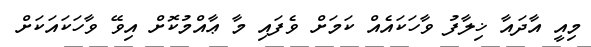
މިއީ އާދައާ ޚިލާފު ވާހަކައެއް ކަމަށް ވެފައި މާ ޢާއްމުކޮށް އިވޭ ވާހަކައަކަށް